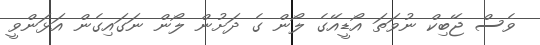
ވެސް ޖޭބިކް ނުވަތަ އޯޑީއޭގެ ލޯން ގެ ދަށުން ލޯން ނަގައިގެން އަޅަންވީ